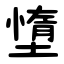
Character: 墯